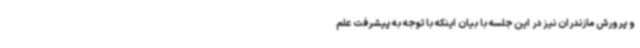
و پرورش مازندران نیز در این جلسه با بیان اینکه با توجه به پیشرفت علم